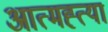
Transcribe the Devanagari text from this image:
आत्‍मह्त्‍या